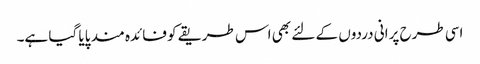
اسی طرح پرانی دردوں کے لئے بھی اس طریقے کو فائدہ مند پایا گیا ہے۔